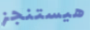
هيستنجز